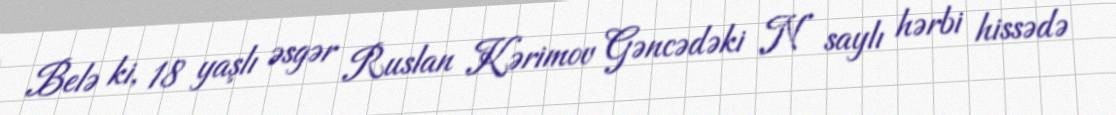
Belə ki, 18 yaşlı əsgər Ruslan Kərimov Gəncədəki N saylı hərbi hissədə